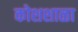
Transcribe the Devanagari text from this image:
कोशशाळा